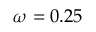
\protect \omega = 0 . 2 5